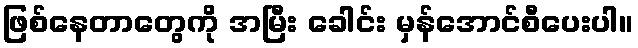
ဖြစ်နေတာတွေကို အမြီး ခေါင်း မှန်အောင်စီပေးပါ။